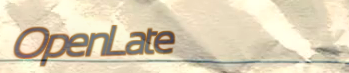
OpenLate